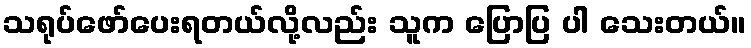
သရုပ်ဖော်ပေးရတယ်လို့လည်း သူက ပြောပြ ပါ သေးတယ်။